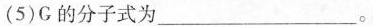
((5)G的分子式为___。